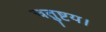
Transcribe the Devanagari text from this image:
चतुष्टय।